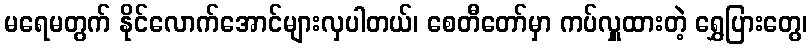
မရေမတွက် နိုင်လောက်အောင်များလှပါတယ်၊ စေတီတော်မှာ ကပ်လှူထားတဲ့ ရွှေပြားတွေ၊